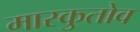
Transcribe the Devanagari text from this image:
मास्कुतोव